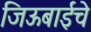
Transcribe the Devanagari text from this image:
जिऊबाईचे